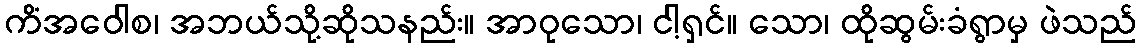
ကိံအဝေါစ၊ အဘယ်သို့ဆိုသနည်း။ အာဝုသော၊ ငါ့ရှင်။ သော၊ ထိုဆွမ်းခံရွာမှ ဖဲသည်